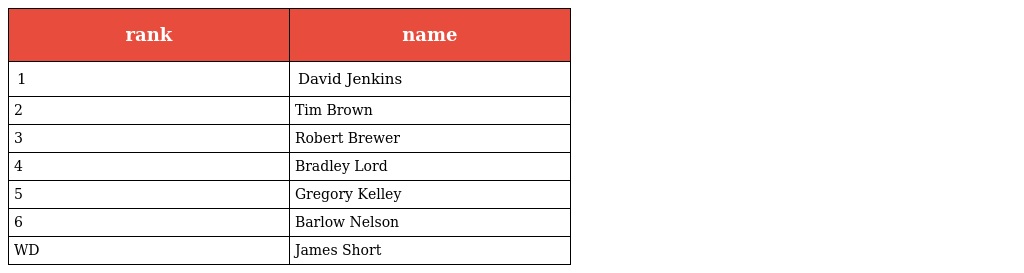
| rank | name |
 | --- | --- |
 | 1 | David Jenkins |
 | 2 | Tim Brown |
 | 3 | Robert Brewer |
 | 4 | Bradley Lord |
 | 5 | Gregory Kelley |
 | 6 | Barlow Nelson |
 | WD | James Short |